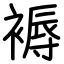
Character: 褥